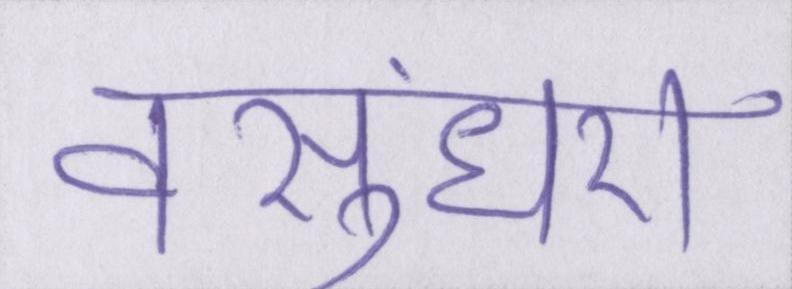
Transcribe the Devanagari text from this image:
वसुंधरा